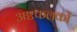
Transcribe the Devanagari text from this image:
अष्टफलकों